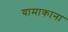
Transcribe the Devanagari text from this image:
यामाकाना